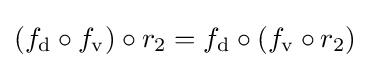
(f_{\mathrm {d} }\circ f_{\mathrm {v} })\circ r_{2}=f_{\mathrm {d} }\circ (f_{\mathrm {v} }\circ r_{2})